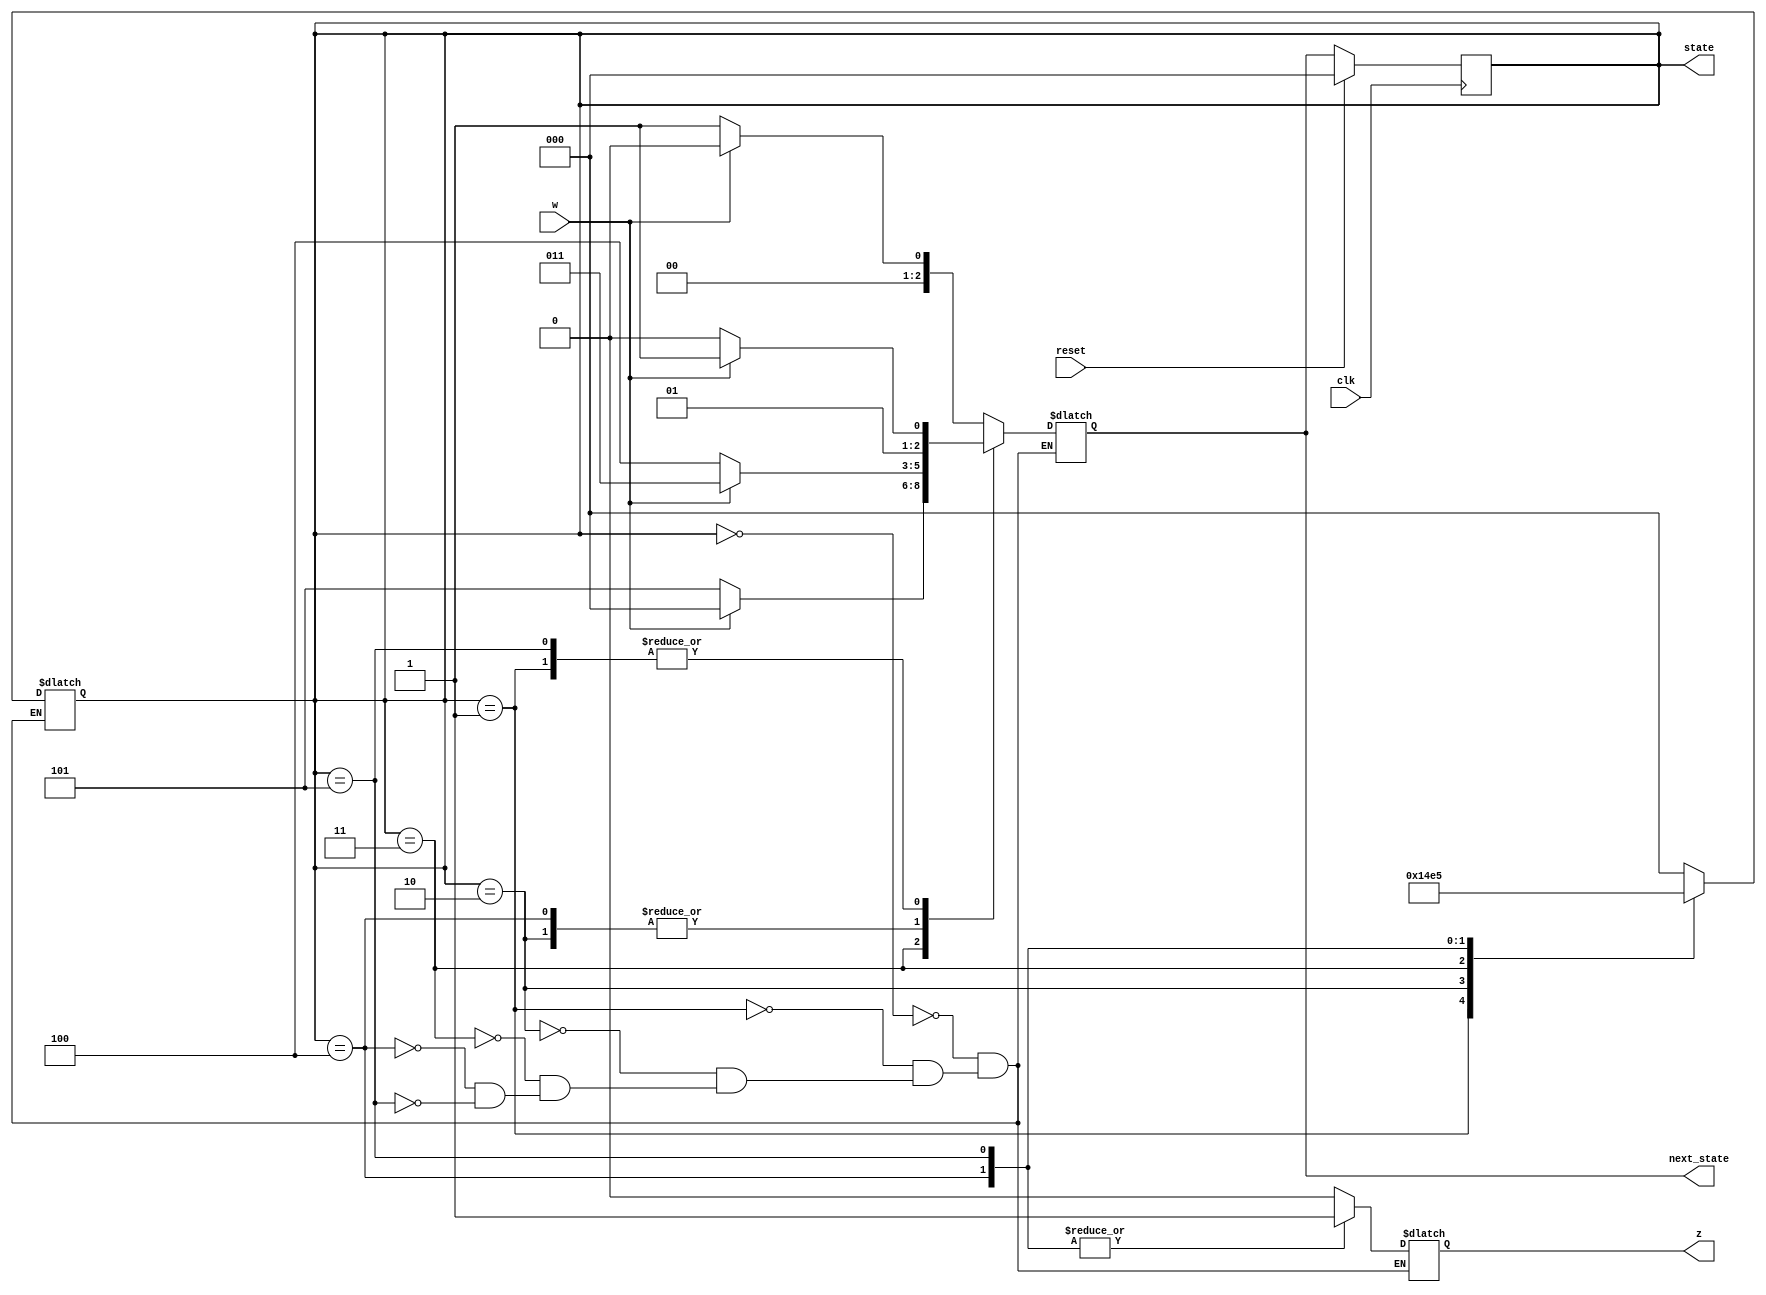
module finite_state_machine( 
    input clk,
	input reset,
	input w,
	output [2:0] state,
	output [2:0] next_state,
    output z
);
    reg [2:0] state; 
    reg [2:0] next_state;
    reg z;
	// 请完成模块的设计
    localparam A = 0, B = 1, C = 2, D = 3, E = 4, F = 5;
    initial begin
        next_state = 0;
        z = 0;
    end
    always@(state, w) begin
        case(state) 
            A: begin
                state = A;
                z = 0;
                if(w)
                    next_state = A;
                else
                    next_state = B;
            end
            B: begin
                state = B;
                z = 0;
                if(w)
                    next_state = D;
                else
                    next_state = C;
            end
            C: begin
                state = C;
                z = 0;
                if(w)
                    next_state = D;
                else
                    next_state = E;

            end
            D: begin
                state = D;
                z = 0;
                if(w)
                    next_state = A;
                else
                    next_state = F;
            end
            E: begin
                state = E;
                z = 1;
                if(w)
                    next_state = D;
                else
                    next_state = E;
            end
            F: begin
                state = F;
                z = 1;
                if(w)
                    next_state = D;
                else
                    next_state = C;
            end
        endcase
    end

	always@(posedge clk)begin
        if (reset == 1)
            state <= A;
        else 
            state <= next_state; 
    end
	
endmodule